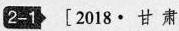
2-1 [2018·甘肃